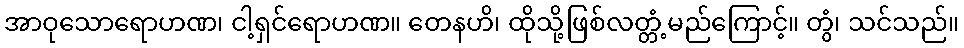
အာဝုသောရောဟဏ၊ ငါ့ရှင်ရောဟဏ။ တေနဟိ၊ ထိုသို့ဖြစ်လတ္တံ့မည်ကြောင့်။ တွံ၊ သင်သည်။